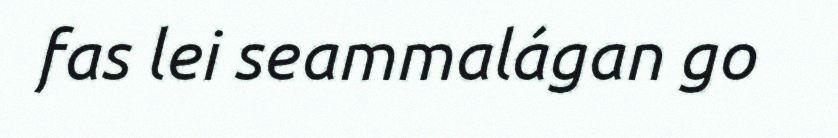
fas lei seammalágan go